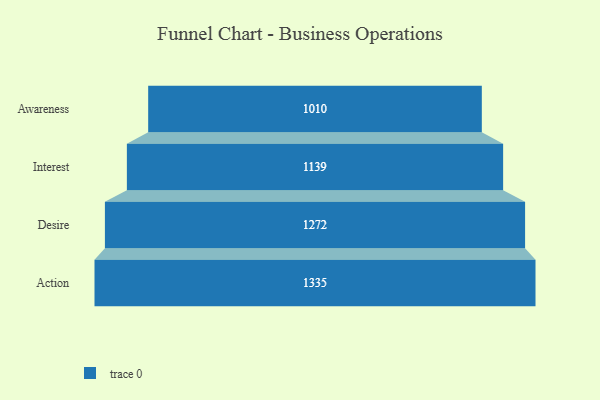
{"axis": {"x": "Stage", "y": "Value"}, "legend": [""], "data": [{"x": "Awareness", "y": 1010.0, "type": ""}, {"x": "Interest", "y": 1139.0, "type": ""}, {"x": "Desire", "y": 1272.0, "type": ""}, {"x": "Action", "y": 1335.0, "type": ""}]}